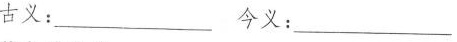
古义：___今义：___